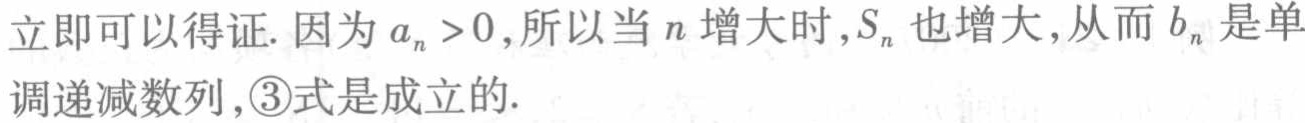
立即可以得证. 因为 \(a_{n}>0\), 所以当 \(n\) 增大时, \(S_{n}\) 也增大, 从而 \(b_{n}\) 是单调递减数列, \(\textcircled{3}\)式是成立的.